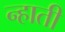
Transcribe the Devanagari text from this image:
न्हाती